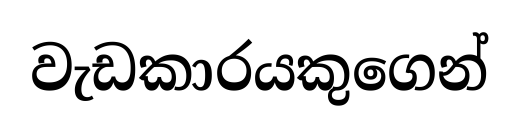
වැඩකාරයකුගෙන්